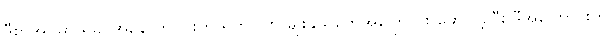
ဒီစာအုပ်မှာ ရခိုင်အနောက်ပိုင်းက ရိုဟင်ဂျာ မျိုးနွယ်တွေအကြောင်း ဖော်ပြခဲ့ပြီး ဒီအကြောင်းကို